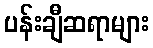
ပန်းချီဆရာများ